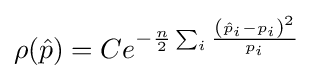
\rho ({\hat {p}})=Ce^{-{\frac {n}{2}}\sum _{i}{\frac {\left({\hat {p}}_{i}-p_{i}\right)^{2}}{p_{i}}}}